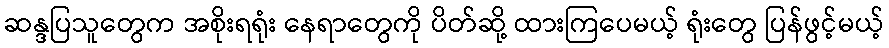
ဆန္ဒပြသူတွေက အစိုးရရုံး နေရာတွေကို ပိတ်ဆို့ ထားကြပေမယ့် ရုံးတွေ ပြန်ဖွင့်မယ့်